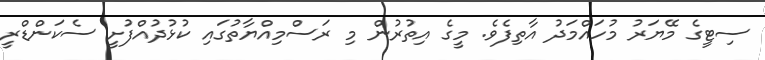
ސިޓީގެ މޭޔަރު މުހައްމަދު އާތިފެވެ. މީގެ އިތުރުން މި ރަސްމިއްޔާތުގައި ކުޅުދުއްފުށީ ސެކަންޑްރީ